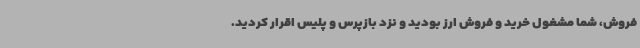
فروش، شما مشغول خرید و فروش ارز بودید و نزد بازپرس و پلیس اقرار کردید.